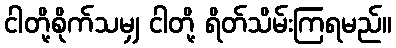
ငါတို့စိုက်သမျှ ငါတို့ ရိတ်သိမ်းကြရမည်။